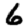
Digit: 6